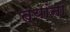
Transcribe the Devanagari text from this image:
त्‍यांनां